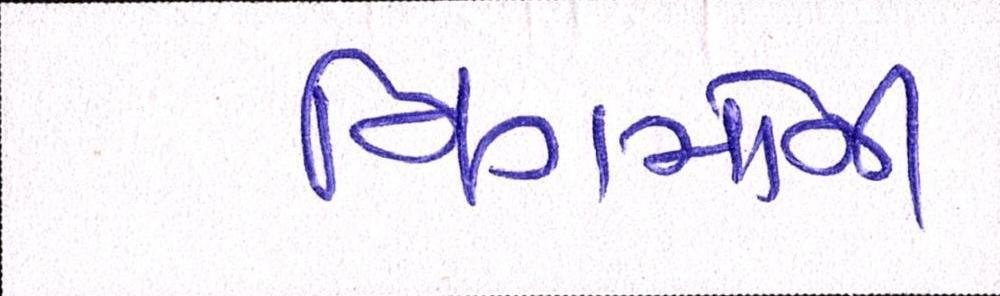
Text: નિગમોની